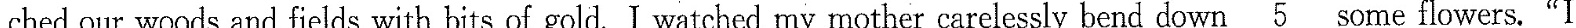
ched our woods and fields with bits of gold. I watched my mother carelessly bend down \underline{5} ome flowers. “ I